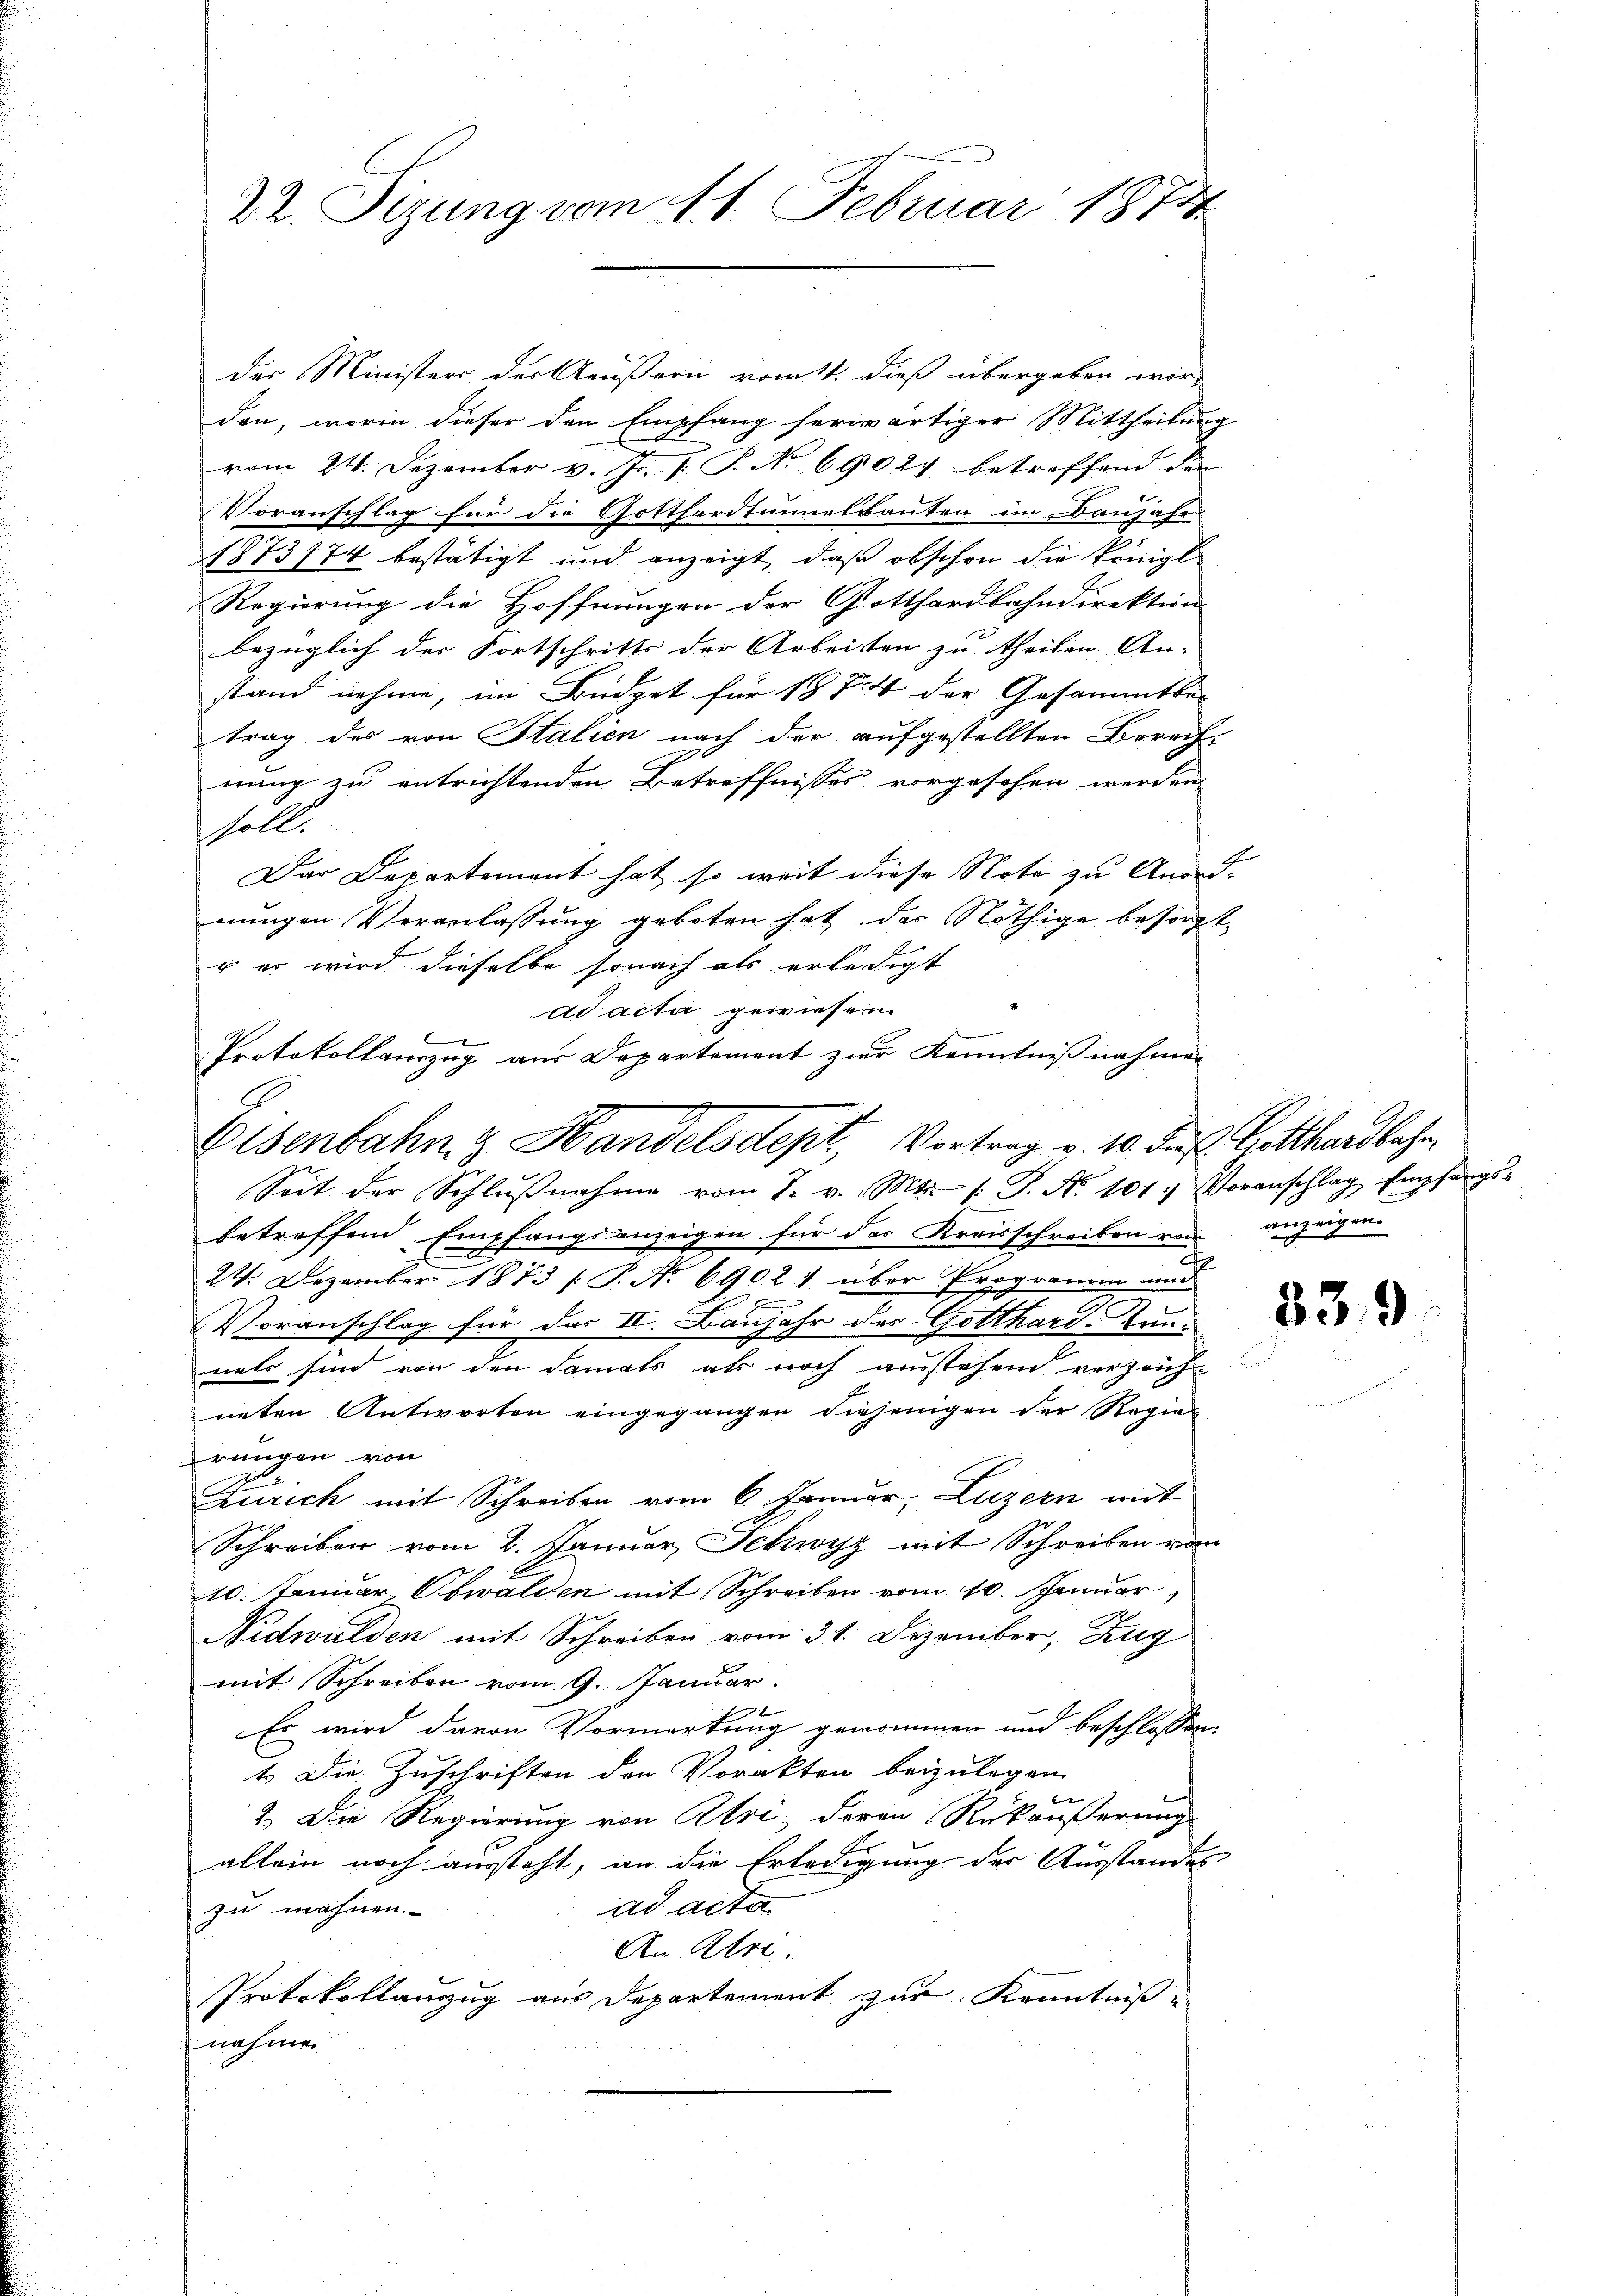
22. Tizung vom 11. Februar 1874.

der Ministers der Aeußern vom 11. dieß übergeben worden, worin dieser den Empfang herwärtiger Mittheilung
vom 24. Dezember v. J. J. P. Nr. 69027 betreffend den
Voranschlag für die Gotthardtunnelbauten im Banjahr
873/74 bestätigt und anzeigt, daß obschon die Pringt
Regierung die Hoffnungen der Gotthardbahndirektion
bezüglich der Fortschritts der Arbeisten zu theilen An-
stand nehme, im Büdget für 1874 der Gesammtbe-
trag des von Italien nach der aufgestellten Berech
nung zu entrichtenden Betreffnisses vorgesehen werden
soll.
Das Departement hat so weit diese Note zu Anord-
nungen Veranlassung geboten hat der Nöthige besorgt,
+ er wird dieselbe sonach als erledigt
ad acta gewiesen.
Protokollanzug aus Departement zur Kenntnißnahmen

Eisenbahn & Handelsdept, Vortrag v. 10. des Gotthardbahn,

Seit der Schlußnahme vom 22. v. Mts. (: P. Nr. 101. Voranschlag, Empfangs-
betreffend Empfangsanzeigen für das Kreisschreiben von anzeigen.
c
24. Dezember 1873 /: P. No 69021 über Programm und
.
Voranschlag für das II. Baujahr des Gotthard. Taunals sind von den damals als noch ausstehend verzeicht
neten Antworten eingegangen diejenigen der Regier
rungen von
Zürich mit Schreiben vom 6. Januar, Luzern mit
Schreiben vom 2. Januar Schwyz mit Schreiben vom
10. Januar, Obwalden mit Schreiben vom 10. Januar
Nidwalden mit Schreiben vom 31. Dezember, Zug
mit Schreiben vom 9. Januar
7
Es wird davon Vormerkung genommen und beschlossen:
1. Die Zuschriften den Vorakten beizulegen
2. Die Regierung von Uri, deren Rükäußerung
allein noch aussteht, an die Erledigung der Ausstandes
ad acta.
zu wähnen.
An Ulri
Protokollanzug aus Departement zur Kenntniß
nahmen

33.9